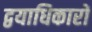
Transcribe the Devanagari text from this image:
द्वयाधिकारों